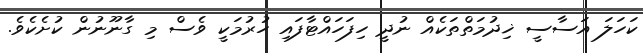
ކަހަލަ އަސާސީ ޚިދުމަތްތަކެއް ނުދީ ހިފަހައްޓާފައި ހުރުމަކީ ވެސް މި ގާނޫނުން ކުށެކެވެ.